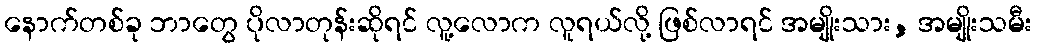
နောက်တစ်ခု ဘာတွေ ပိုလာတုန်းဆိုရင် လူ့လောက လူရယ်လို့ ဖြစ်လာရင် အမျိုးသား, အမျိုးသမီး